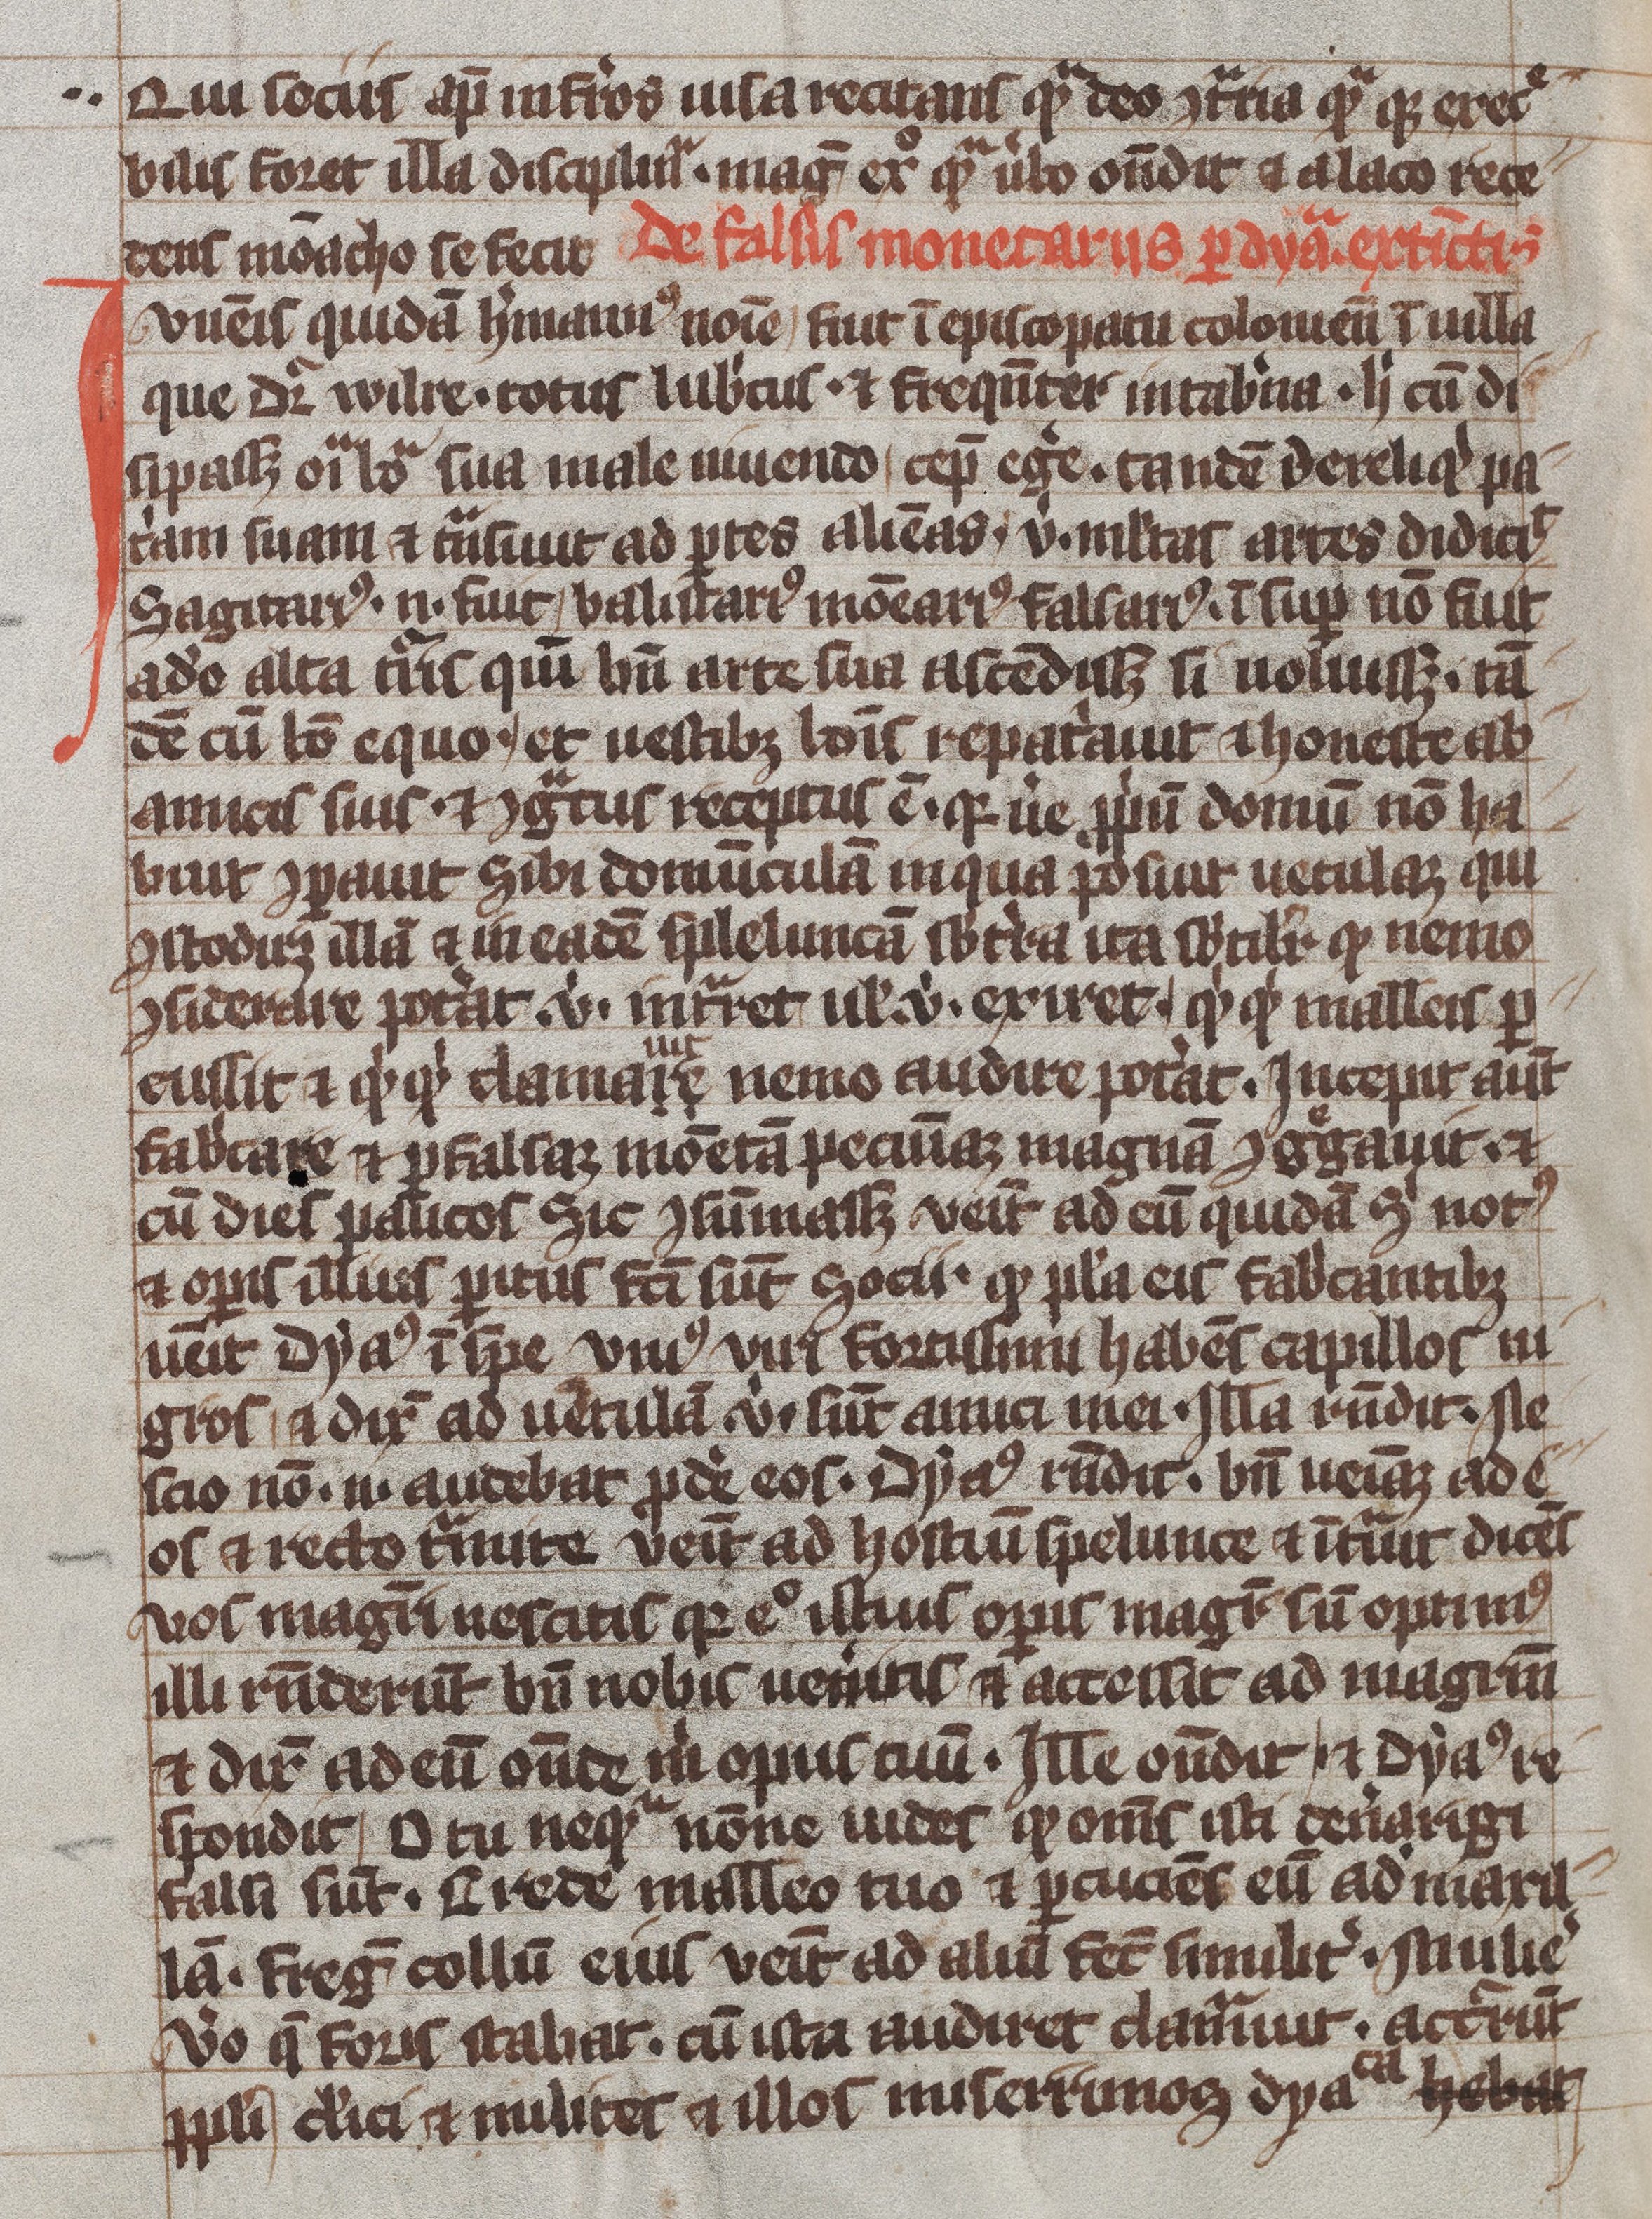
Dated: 1200–1299